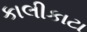
કાલીકાટા